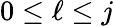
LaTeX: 0\le\ell\le j